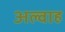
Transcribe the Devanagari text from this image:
अल्वाह